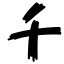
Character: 千